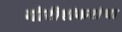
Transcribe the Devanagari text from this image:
गौरीशंकरांचा